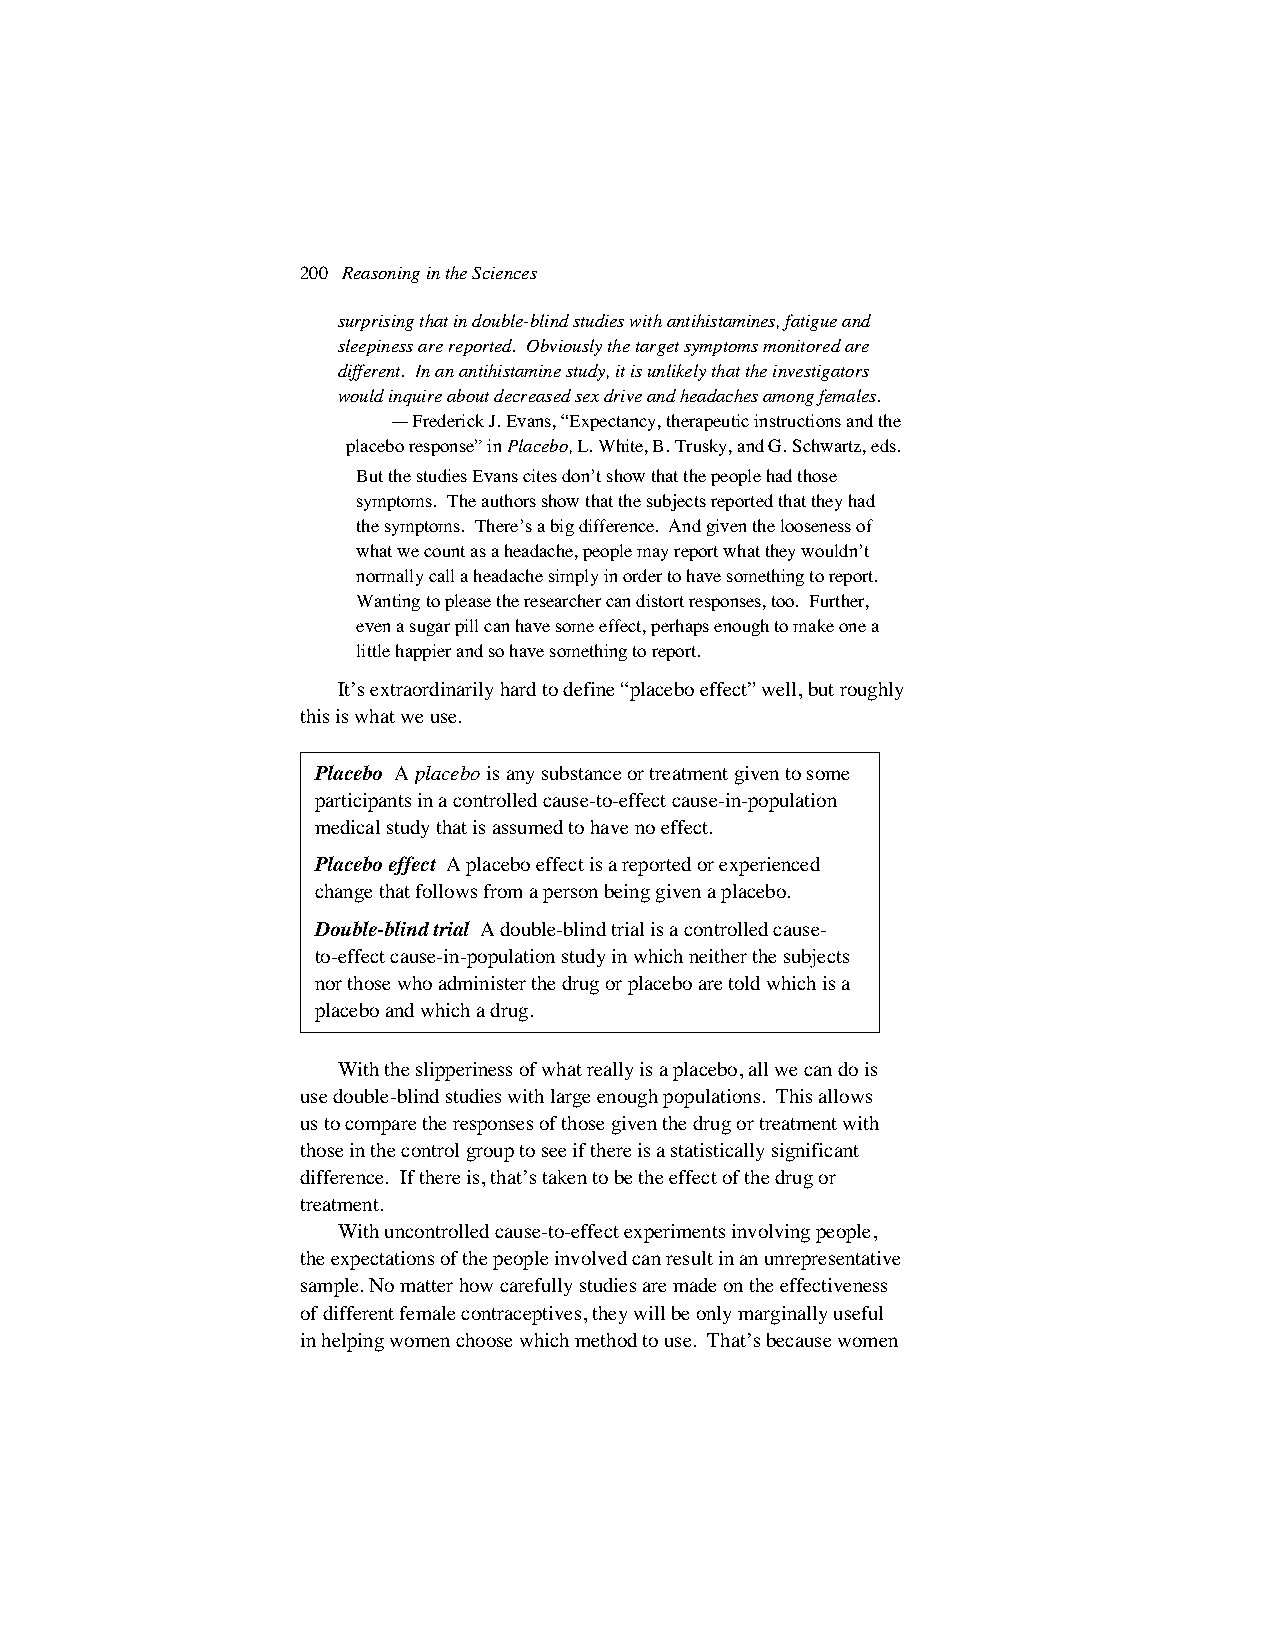
200 Reasoning in the Sciences
 surprising that in double-blind studies with antihistamines, fatigue and
 sleepiness are reported. Obviously the target symptoms monitored are
 different. In an antihistamine study, it is unlikely that the investigators
 would inquire about decreased sex drive and headaches among females.
 —Frederick J. Evans, “Expectancy, therapeutic instructions and the
 placebo response” in Placebo, L. White, B. Trusky, and G. Schwartz, eds.
 But the studies Evans cites don’t show that the people had those
 symptoms. The authors show that the subjects reported that they had
 the symptoms. There’s a big difference. And given the looseness of
 what we count as a headache, people may report what they wouldn’t
 normally call a headache simply in order to have something to report.
 Wanting to please the researcher can distort responses, too. Further,
 even a sugar pill can have some effect, perhaps enough to make one a
 little happier and so have something to report.
 It’s extraordinarily hard to define “placebo effect” well, but roughly
 this is what we use.
 Placebo A placebo is any substance or treatment given to some
 participants in a controlled cause-to-effect cause-in-population
 medical study that is assumed to have no effect.
 Placebo effect A placebo effect is a reported or experienced
 change that follows from a person being given a placebo.
 Double-blind trial A double-blind trial is a controlled cause-
 to-effect cause-in-population study in which neither the subjects
 nor those who administer the drug or placebo are told which is a
 placebo and which a drug.
 With the slipperiness of what really is a placebo, all we can do is
 use double-blind studies with large enough populations. This allows
 us to compare the responses of those given the drug or treatment with
 those in the control group to see if there is a statistically significant
 difference. If there is, that’s taken to be the effect of the drug or
 treatment.
 With uncontrolled cause-to-effect experiments involving people,
 the expectations of the people involved can result in an unrepresentative
 sample. No matter how carefully studies are made on the effectiveness
 of different female contraceptives, they will be only marginally useful
 in helping women choose which method to use. That’s because women